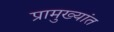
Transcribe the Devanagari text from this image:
प्रामुख्यांत